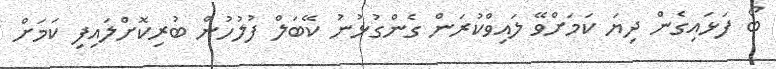
ބޯ ފަޅައިގެން ދިޔަ ކަމަށްވޭ ލައިވްކުރަން ގެންގުޅުނު ކޭބަލް ފުލުހުން ބުރިކޮށްލައިފި ކަމަށް